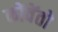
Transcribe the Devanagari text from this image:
कोंवेंतो